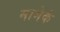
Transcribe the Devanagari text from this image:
मामेकं